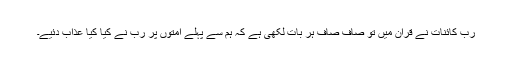
ربّ کائنات نے قرآن میں تو صاف صاف ہر بات لکھی ہے کہ ہم سے پہلے امتوں پر ربّ نے کیا کیا عذاب دئیے۔